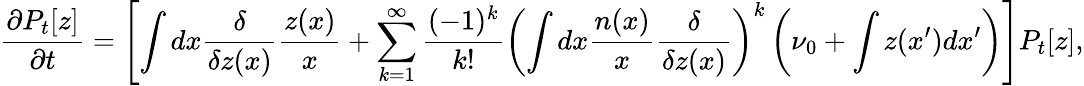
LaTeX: \frac{\partial P_{t}[z]}{\partial t}=\left[\int dx\frac{\delta}{\delta z(x)}\frac{z(x)}{x}+\sum_{k=1}^{\infty}\frac{(-1)^{k}}{k!}\left(\int dx\frac{n(x)}{x}\frac{\delta}{\delta z(x)}\right)^{k}\left(\nu_{0}+\int z(x^{\prime})dx^{\prime}\right)\right]P_{t}[z],